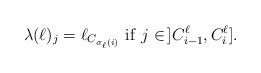
LaTeX: \begin{align*} \lambda(\ell)_j = \ell_{C_{\sigma_{\ell}(i)}} {\mbox{ }} \mathrm{if} \mbox{ } j \in\, ]C_{i-1}^\ell, C_i^\ell].\end{align*}